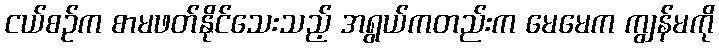
ငယ်စဉ်က စာမဖတ်နိုင်သေးသည့် အရွယ်ကတည်းက မေမေက ကျွန်မကို